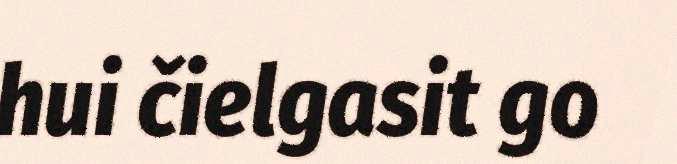
hui čielgasit go